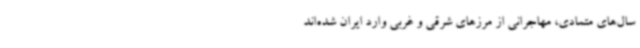
سال‌های متمادی، مهاجرانی از مرزهای شرقی و غربی وارد ایران شده‌اند